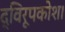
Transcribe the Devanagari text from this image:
द्विरूपकोश।